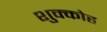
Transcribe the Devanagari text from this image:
शुक्कोह